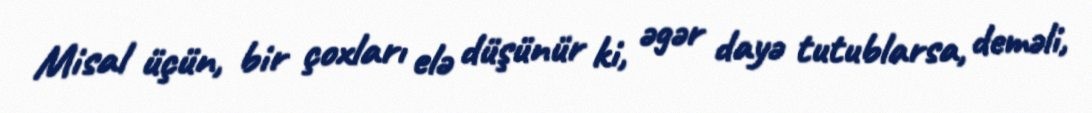
Misal üçün, bir çoxları elə düşünür ki, əgər dayə tutublarsa, deməli,